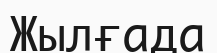
Жылғада